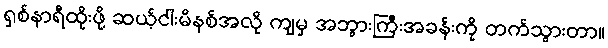
ရှစ်နာရီထိုးဖို့ ဆယ့်ငါးမိနစ်အလို ကျမှ အဘွားကြီးအခန်းကို တက်သွားတာ။